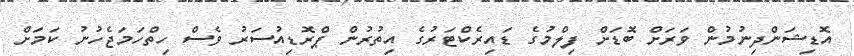
އޮޑިޝަންދިނުމުން ވަރަށް ބޮޑަށް ފިލްމުގެ ޑައިރެކްޓަރުގެ އިތުރުން ޕްރޮޑިއުސަރު ވެސް ހިތްހަމަޖެހުނު ކަމަށް